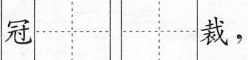
冠 裁，